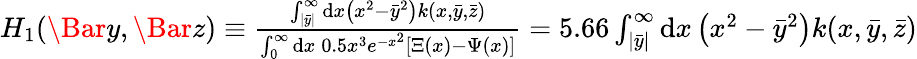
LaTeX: \begin{array}{r}{H_{1}(\Bar{y},\Bar{z})\equiv\frac{\int_{|\bar{y}|}^{\infty}\mathrm{d}x\left(x^{2}-\bar{y}^{2}\right)k(x,\bar{y},\bar{z})}{\int_{0}^{\infty}\mathrm{d}x\: 0.5x^{3}e^{-x^{2}}[\Xi(x)-\Psi(x)]}=5.66\int_{|\bar{y}|}^{\infty}\mathrm{d}x\left(x^{2}-\bar{y}^{2}\right)k(x,\bar{y},\bar{z})}\end{array}